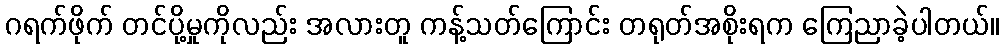
ဂရက်ဖိုက် တင်ပို့မှုကိုလည်း အလားတူ ကန့်သတ်ကြောင်း တရုတ်အစိုးရက ကြေညာခဲ့ပါတယ်။